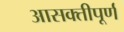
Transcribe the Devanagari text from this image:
आसक्तीपूर्ण